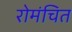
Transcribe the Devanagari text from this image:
रोमंचित